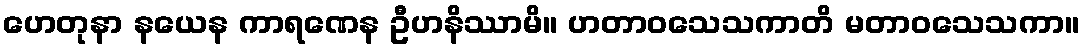
ဟေတုနာ နယေန ကာရဏေန ဦဟနိဿာမိ။ ဟတာဝသေသကာတိ မတာဝသေသကာ။